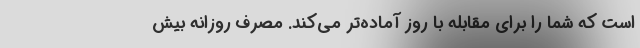
است که شما را برای مقابله با روز آماده‌تر می‌کند. مصرف روزانه بیش